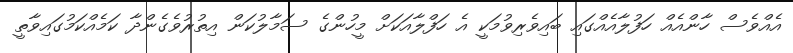
އެއްވެސް ހާންއެއް ހަފުލާއެއްގައި ބައިވެރިވުމަކީ އެ ހަފްލާއަކަށް މީހުންގެ ސަމާލުކަން އިތުރުވެގެންދާ ކަމެއްކަމުގައިވާތީ